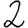
Digit: 2